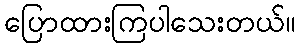
ပြောထားကြပါသေးတယ်။